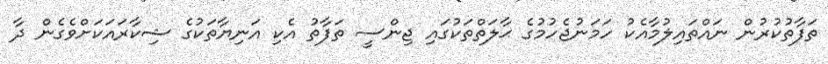
ތަފާތުކުރުން ނައްތައިލުމާއެކު ހަމަނުޖެހުމުގެ ޙާލަތްތަކުގައި ޖިންސީ ތަފާތު އެކި އަނިޔާތަކުގެ ޝިކާރައަކަށްވެގެން ދާ